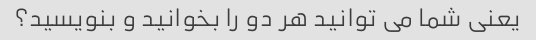
یعنی شما می توانید هر دو را بخوانید و بنویسید؟